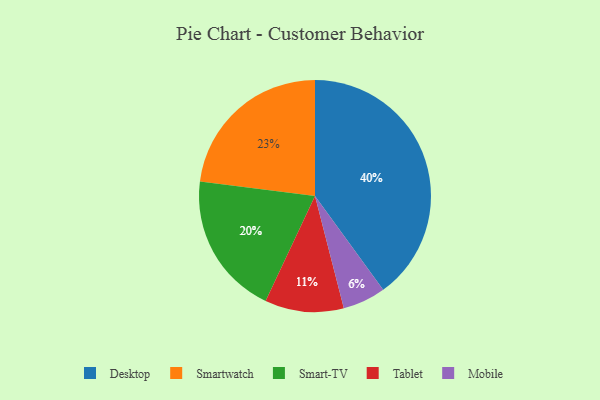
{"axis": {"x": "Category", "y": "Percentage"}, "legend": ["Desktop", "Mobile", "Smart-TV", "Smartwatch", "Tablet"], "data": [{"x": "Tablet", "y": 11, "type": "Tablet"}, {"x": "Mobile", "y": 6, "type": "Mobile"}, {"x": "Smart-TV", "y": 20, "type": "Smart-TV"}, {"x": "Desktop", "y": 40, "type": "Desktop"}, {"x": "Smartwatch", "y": 23, "type": "Smartwatch"}]}